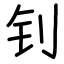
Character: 钊